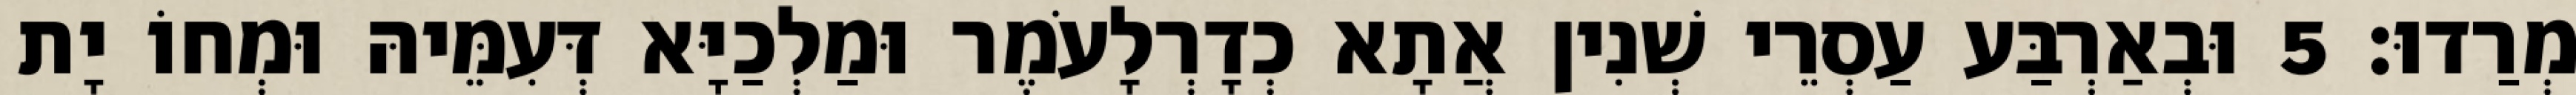
מְרַדוּ׃ 5 וּבְאַרְבַּע עַסְרֵי שְׁנִין אֲתָא כְדָרְלָעֹמֶר וּמַלְכַיָּא דְּעִמֵּיהּ וּמְחוֹ יָת